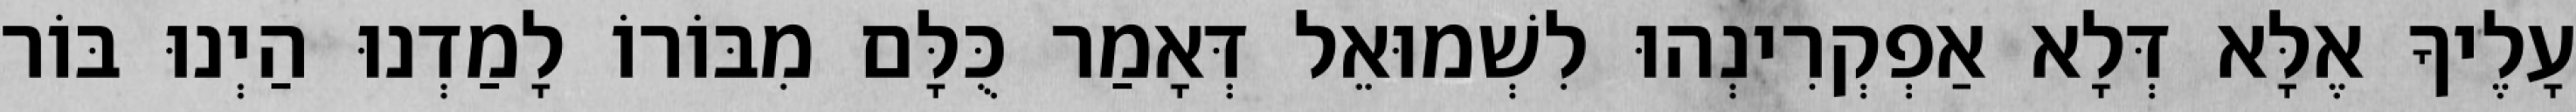
עָלֶיךָ אֶלָּא דְּלָא אַפְקְרִינְהוּ לִשְׁמוּאֵל דְּאָמַר כֻּלָּם מִבּוֹרוֹ לָמַדְנוּ הַיְנוּ בּוֹר